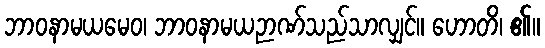
ဘာဝနာမယမေဝ၊ ဘာဝနာမယဉာဏ်သည်သာလျှင်။ ဟောတိ၊ ၏။